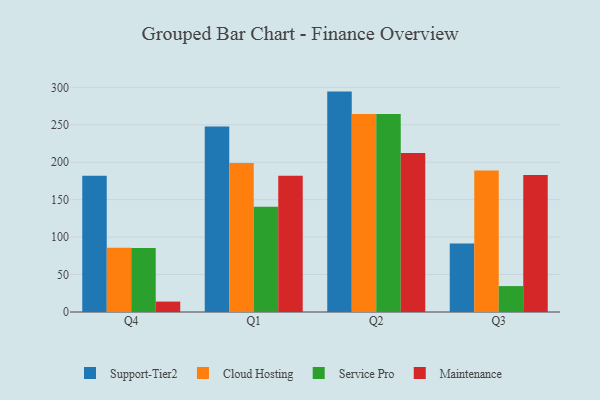
{"axis": {"x": "Quarter", "y": "Operating Costs (USD K)"}, "legend": ["Cloud Hosting", "Maintenance", "Service Pro", "Support-Tier2"], "data": [{"x": "Q4", "y": 182.1, "type": "Support-Tier2"}, {"x": "Q4", "y": 85.9, "type": "Cloud Hosting"}, {"x": "Q4", "y": 85.4, "type": "Service Pro"}, {"x": "Q4", "y": 13.9, "type": "Maintenance"}, {"x": "Q1", "y": 247.7, "type": "Support-Tier2"}, {"x": "Q1", "y": 198.8, "type": "Cloud Hosting"}, {"x": "Q1", "y": 140.6, "type": "Service Pro"}, {"x": "Q1", "y": 181.9, "type": "Maintenance"}, {"x": "Q2", "y": 294.3, "type": "Support-Tier2"}, {"x": "Q2", "y": 264.5, "type": "Cloud Hosting"}, {"x": "Q2", "y": 264.4, "type": "Service Pro"}, {"x": "Q2", "y": 212.2, "type": "Maintenance"}, {"x": "Q3", "y": 91.5, "type": "Support-Tier2"}, {"x": "Q3", "y": 188.9, "type": "Cloud Hosting"}, {"x": "Q3", "y": 34.6, "type": "Service Pro"}, {"x": "Q3", "y": 183.1, "type": "Maintenance"}]}